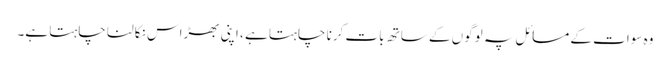
وہ سوات کے مسائل پہ لوگوں کے ساتھ بات کرنا چاہتا ہے ، اپنی بھڑاس نکالنا چاہتا ہے۔